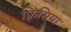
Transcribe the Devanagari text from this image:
फ़्रिसिया